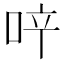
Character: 𠲗